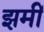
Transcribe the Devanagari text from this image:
झमीं